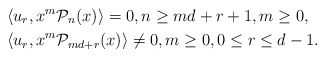
\begin{align*}&\langle u_r,x^m\mathcal{P}_n(x) \rangle=0, n\geq md+r+1, m \geq 0,\\& \langle u_r,x^m\mathcal{P}_{md+r}(x) \rangle \neq 0, m \geq 0, 0 \leq r \leq d-1.\end{align*}